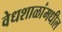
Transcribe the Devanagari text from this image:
वेधशाळांमधील